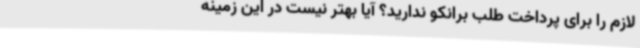
لازم را برای پرداخت طلب برانکو ندارید؟ آیا بهتر نیست در این زمینه